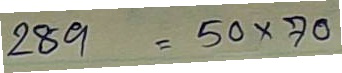
289 = 50 x 70